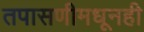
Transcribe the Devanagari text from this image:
तपासणीमधूनही